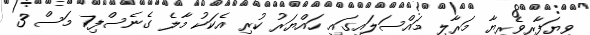
ވިޔަފާރިވެރިޔާ މަރާލި މައްސަލައިގައި ހައްޔަރު ކުރި އެކަކު މާލެ ގެނެސްފި7 މަސް 3